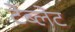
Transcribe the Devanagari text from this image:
टेब्लेट